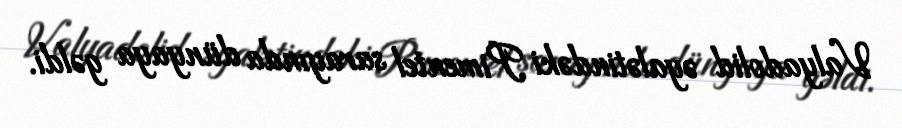
Valyadolid əyalətindəki Pimentel sarayında dünyaya gəldi.